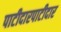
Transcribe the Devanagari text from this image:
पाटीदारपाटीदार